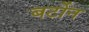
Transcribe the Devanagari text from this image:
बर्टोन